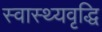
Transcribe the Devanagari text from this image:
स्वास्थ्यवृद्धि